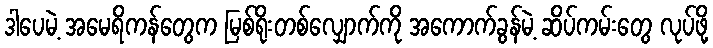
ဒါပေမဲ့ အမေရိကန်တွေက မြစ်ရိုးတစ်လျှောက်ကို အကောက်ခွန်မဲ့ ဆိပ်ကမ်းတွေ လုပ်ဖို့